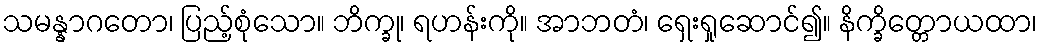
သမန္နာဂတော၊ ပြည့်စုံသော။ ဘိက္ခု၊ ရဟန်းကို။ အာဘတံ၊ ရှေးရှုဆောင်၍။ နိက္ခိတ္တောယထာ၊